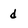
Character: d